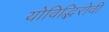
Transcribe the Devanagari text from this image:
योविद्भिरोवी